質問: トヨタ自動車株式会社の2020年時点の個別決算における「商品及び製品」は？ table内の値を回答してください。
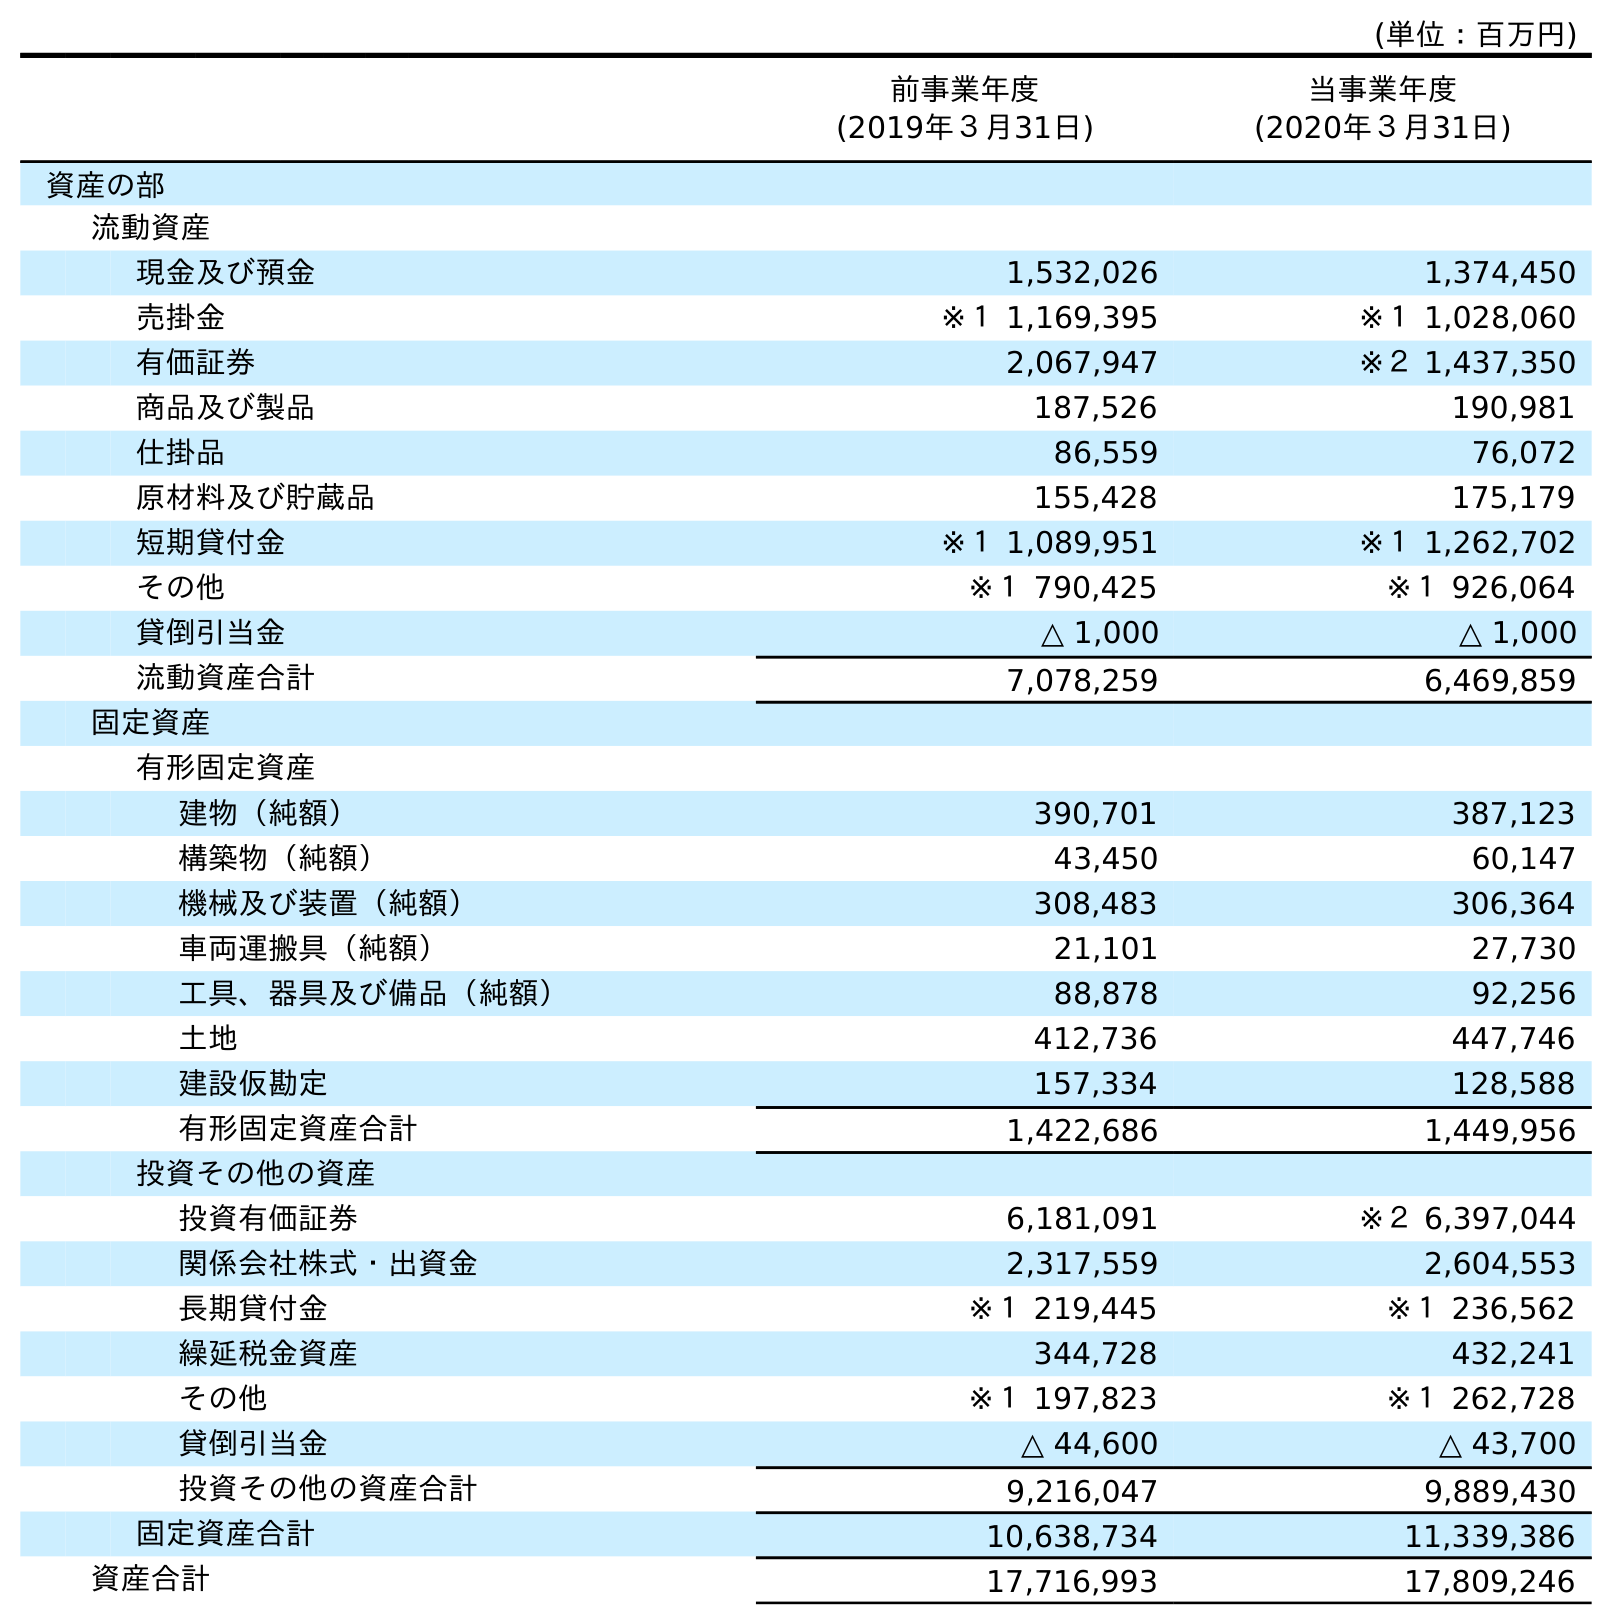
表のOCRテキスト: (単位：百万円) 前事業年度 (2019年３月31日) 当事業年度 (2020年３月31日) 資産の部 流動資産 現金及び預金 1,532,026 1,374,450 売掛金 ※１ 1,169,395 ※１ 1,028,060 有価証券 2,067,947 ※２ 1,437,350 商品及び製品 187,526 190,981 仕掛品 86,559 76,072 原材料及び貯蔵品 155,428 175,179 短期貸付金 ※１ 1,089,951 ※１ 1,262,702 その他 ※１ 790,425 ※１ 926,064 貸倒引当金 △ 1,000 △ 1,000 流動資産合計 7,078,259 6,469,859 固定資産 有形固定資産 建物（純額） 390,701 387,123 構築物（純額） 43,450 60,147 機械及び装置（純額） 308,483 306,364 車両運搬具（純額） 21,101 27,730 工具、器具及び備品（純額） 88,878 92,256 土地 412,736 447,746 建設仮勘定 157,334 128,588 有形固定資産合計 1,422,686 1,449,956 投資その他の資産 投資有価証券 6,181,091 ※２ 6,397,044 関係会社株式・出資金 2,317,559 2,604,553 長期貸付金 ※１ 219,445 ※１ 236,562 繰延税金資産 344,728 432,241 その他 ※１ 197,823 ※１ 262,728 貸倒引当金 △ 44,600 △ 43,700 投資その他の資産合計 9,216,047 9,889,430 固定資産合計 10,638,734 11,339,386 資産合計 17,716,993 17,809,246
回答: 190,981